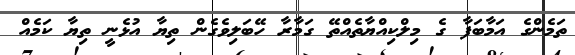
ތަމެންގެ އަމާބަފާ ގެ މިލްކިއްޔާތެއްތޭ ގަމާރާ ހޭބަލިވެގެން ތިޔާ އުޅެނީ ތިޔާ ކަމެއް